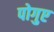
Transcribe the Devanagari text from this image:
पोगुए